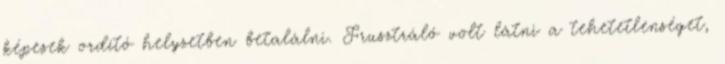
képesek ordító helyzetben betalálni. Frusztráló volt látni a tehetetlenséget,